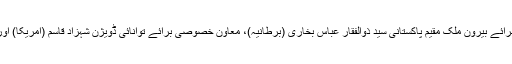
جن میں وزیراعظم کے معاون خصوصی برائے پیٹرولیم ندیم بابر (امریکا)، معاون خصوصی برائے بیرون ملک مقیم پاکستانی سید ذوالفقار عباس بخاری (برطانیہ)، معاون خصوصی برائے توانائی ڈویژن شہزاد قاسم (امریکا) اور معاون خصوصی برائے ڈیجیٹل پاکستان تانیہ ایس ایدروس (کینیڈا) کی شہریت کے حامل ہیں۔